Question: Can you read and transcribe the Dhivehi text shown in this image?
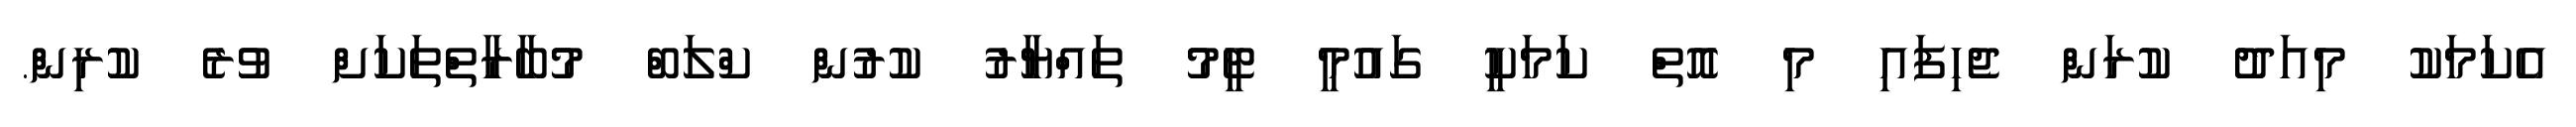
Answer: އެކަމަކު މިއަދު ކުރަން ޖެހިފައި މި އޮތް ކަމަކީ ގައުމީ ޓީމު ތައްޔާރު ކުރުން ކްލަބް މުބާރާތްތަކަށް ވުރެ ކުރިން.